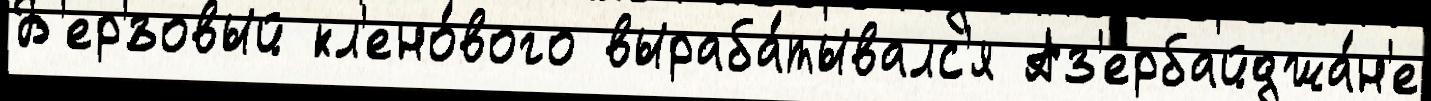
Б'ер'́зовый кл'ено́вого выраба́тывалс'я Аз'ербайджа́н'е